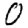
Digit: 0